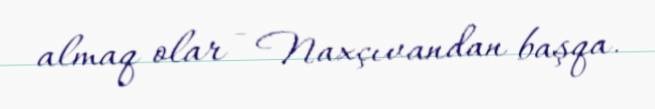
almaq olar - Naxçıvandan başqa.